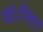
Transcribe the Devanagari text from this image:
गई।फ़िल्म